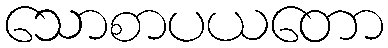
သောစာပယတော